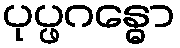
ပုပ္ဖဂန္ဓော